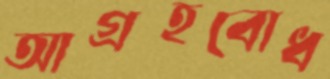
আগ্রহবোধ